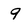
Character: 9